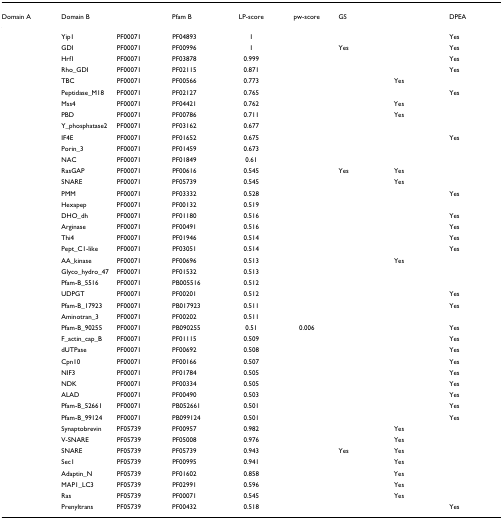
<table><thead><tr><td><b>Domain A</b></td><td><b>Domain B</b></td><td>[EMPTY_CELL]</td><td><b>Pfam B</b></td><td><b>LP-score</b></td><td><b>pw-score</b></td><td><b>GS</b></td><td>[EMPTY_CELL]</td><td><b>DPEA</b></td></tr></thead><tbody><tr><td>[EMPTY_CELL]</td><td>Yip1</td><td>PF00071</td><td>PF04893</td><td>1</td><td>[EMPTY_CELL]</td><td>[EMPTY_CELL]</td><td>[EMPTY_CELL]</td><td>Yes</td></tr><tr><td>[EMPTY_CELL]</td><td>GDI</td><td>PF00071</td><td>PF00996</td><td>1</td><td>[EMPTY_CELL]</td><td>Yes</td><td>[EMPTY_CELL]</td><td>Yes</td></tr><tr><td>[EMPTY_CELL]</td><td>Hrf1</td><td>PF00071</td><td>PF03878</td><td>0.999</td><td>[EMPTY_CELL]</td><td>[EMPTY_CELL]</td><td>[EMPTY_CELL]</td><td>Yes</td></tr><tr><td>[EMPTY_CELL]</td><td>Rho_GDI</td><td>PF00071</td><td>PF02115</td><td>0.871</td><td>[EMPTY_CELL]</td><td>[EMPTY_CELL]</td><td>[EMPTY_CELL]</td><td>Yes</td></tr><tr><td>[EMPTY_CELL]</td><td>TBC</td><td>PF00071</td><td>PF00566</td><td>0.773</td><td>[EMPTY_CELL]</td><td>[EMPTY_CELL]</td><td>Yes</td><td>[EMPTY_CELL]</td></tr><tr><td>[EMPTY_CELL]</td><td>Peptidase_M18</td><td>PF00071</td><td>PF02127</td><td>0.765</td><td>[EMPTY_CELL]</td><td>[EMPTY_CELL]</td><td>[EMPTY_CELL]</td><td>Yes</td></tr><tr><td>[EMPTY_CELL]</td><td>Mss4</td><td>PF00071</td><td>PF04421</td><td>0.762</td><td>[EMPTY_CELL]</td><td>[EMPTY_CELL]</td><td>Yes</td><td>[EMPTY_CELL]</td></tr><tr><td>[EMPTY_CELL]</td><td>PBD</td><td>PF00071</td><td>PF00786</td><td>0.711</td><td>[EMPTY_CELL]</td><td>[EMPTY_CELL]</td><td>Yes</td><td>[EMPTY_CELL]</td></tr><tr><td>[EMPTY_CELL]</td><td>Y_phosphatase2</td><td>PF00071</td><td>PF03162</td><td>0.677</td><td>[EMPTY_CELL]</td><td>[EMPTY_CELL]</td><td>[EMPTY_CELL]</td><td>[EMPTY_CELL]</td></tr><tr><td>[EMPTY_CELL]</td><td>IF4E</td><td>PF00071</td><td>PF01652</td><td>0.675</td><td>[EMPTY_CELL]</td><td>[EMPTY_CELL]</td><td>[EMPTY_CELL]</td><td>Yes</td></tr><tr><td>[EMPTY_CELL]</td><td>Porin_3</td><td>PF00071</td><td>PF01459</td><td>0.673</td><td>[EMPTY_CELL]</td><td>[EMPTY_CELL]</td><td>[EMPTY_CELL]</td><td>[EMPTY_CELL]</td></tr><tr><td>[EMPTY_CELL]</td><td>NAC</td><td>PF00071</td><td>PF01849</td><td>0.61</td><td>[EMPTY_CELL]</td><td>[EMPTY_CELL]</td><td>[EMPTY_CELL]</td><td>[EMPTY_CELL]</td></tr><tr><td>[EMPTY_CELL]</td><td>RasGAP</td><td>PF00071</td><td>PF00616</td><td>0.545</td><td>[EMPTY_CELL]</td><td>Yes</td><td>Yes</td><td>[EMPTY_CELL]</td></tr><tr><td>[EMPTY_CELL]</td><td>SNARE</td><td>PF00071</td><td>PF05739</td><td>0.545</td><td>[EMPTY_CELL]</td><td>[EMPTY_CELL]</td><td>Yes</td><td>[EMPTY_CELL]</td></tr><tr><td>[EMPTY_CELL]</td><td>PMM</td><td>PF00071</td><td>PF03332</td><td>0.528</td><td>[EMPTY_CELL]</td><td>[EMPTY_CELL]</td><td>[EMPTY_CELL]</td><td>Yes</td></tr><tr><td>[EMPTY_CELL]</td><td>Hexapep</td><td>PF00071</td><td>PF00132</td><td>0.519</td><td>[EMPTY_CELL]</td><td>[EMPTY_CELL]</td><td>[EMPTY_CELL]</td><td>[EMPTY_CELL]</td></tr><tr><td>[EMPTY_CELL]</td><td>DHO_dh</td><td>PF00071</td><td>PF01180</td><td>0.516</td><td>[EMPTY_CELL]</td><td>[EMPTY_CELL]</td><td>[EMPTY_CELL]</td><td>Yes</td></tr><tr><td>[EMPTY_CELL]</td><td>Arginase</td><td>PF00071</td><td>PF00491</td><td>0.516</td><td>[EMPTY_CELL]</td><td>[EMPTY_CELL]</td><td>[EMPTY_CELL]</td><td>Yes</td></tr><tr><td>[EMPTY_CELL]</td><td>Thi4</td><td>PF00071</td><td>PF01946</td><td>0.514</td><td>[EMPTY_CELL]</td><td>[EMPTY_CELL]</td><td>[EMPTY_CELL]</td><td>Yes</td></tr><tr><td>[EMPTY_CELL]</td><td>Pept_C1-like</td><td>PF00071</td><td>PF03051</td><td>0.514</td><td>[EMPTY_CELL]</td><td>[EMPTY_CELL]</td><td>[EMPTY_CELL]</td><td>Yes</td></tr><tr><td>[EMPTY_CELL]</td><td>AA_kinase</td><td>PF00071</td><td>PF00696</td><td>0.513</td><td>[EMPTY_CELL]</td><td>[EMPTY_CELL]</td><td>Yes</td><td>[EMPTY_CELL]</td></tr><tr><td>[EMPTY_CELL]</td><td>Glyco_hydro_47</td><td>PF00071</td><td>PF01532</td><td>0.513</td><td>[EMPTY_CELL]</td><td>[EMPTY_CELL]</td><td>[EMPTY_CELL]</td><td>[EMPTY_CELL]</td></tr><tr><td>[EMPTY_CELL]</td><td>Pfam-B_5516</td><td>PF00071</td><td>PB005516</td><td>0.512</td><td>[EMPTY_CELL]</td><td>[EMPTY_CELL]</td><td>[EMPTY_CELL]</td><td>[EMPTY_CELL]</td></tr><tr><td>[EMPTY_CELL]</td><td>UDPGT</td><td>PF00071</td><td>PF00201</td><td>0.512</td><td>[EMPTY_CELL]</td><td>[EMPTY_CELL]</td><td>[EMPTY_CELL]</td><td>Yes</td></tr><tr><td>[EMPTY_CELL]</td><td>Pfam-B_17923</td><td>PF00071</td><td>PB017923</td><td>0.511</td><td>[EMPTY_CELL]</td><td>[EMPTY_CELL]</td><td>[EMPTY_CELL]</td><td>Yes</td></tr><tr><td>[EMPTY_CELL]</td><td>Aminotran_3</td><td>PF00071</td><td>PF00202</td><td>0.511</td><td>[EMPTY_CELL]</td><td>[EMPTY_CELL]</td><td>[EMPTY_CELL]</td><td>[EMPTY_CELL]</td></tr><tr><td>[EMPTY_CELL]</td><td>Pfam-B_90255</td><td>PF00071</td><td>PB090255</td><td>0.51</td><td>0.006</td><td>[EMPTY_CELL]</td><td>[EMPTY_CELL]</td><td>Yes</td></tr><tr><td>[EMPTY_CELL]</td><td>F_actin_cap_B</td><td>PF00071</td><td>PF01115</td><td>0.509</td><td>[EMPTY_CELL]</td><td>[EMPTY_CELL]</td><td>[EMPTY_CELL]</td><td>Yes</td></tr><tr><td>[EMPTY_CELL]</td><td>dUTPase</td><td>PF00071</td><td>PF00692</td><td>0.508</td><td>[EMPTY_CELL]</td><td>[EMPTY_CELL]</td><td>[EMPTY_CELL]</td><td>Yes</td></tr><tr><td>[EMPTY_CELL]</td><td>Cpn10</td><td>PF00071</td><td>PF00166</td><td>0.507</td><td>[EMPTY_CELL]</td><td>[EMPTY_CELL]</td><td>[EMPTY_CELL]</td><td>Yes</td></tr><tr><td>[EMPTY_CELL]</td><td>NIF3</td><td>PF00071</td><td>PF01784</td><td>0.505</td><td>[EMPTY_CELL]</td><td>[EMPTY_CELL]</td><td>[EMPTY_CELL]</td><td>Yes</td></tr><tr><td>[EMPTY_CELL]</td><td>NDK</td><td>PF00071</td><td>PF00334</td><td>0.505</td><td>[EMPTY_CELL]</td><td>[EMPTY_CELL]</td><td>[EMPTY_CELL]</td><td>Yes</td></tr><tr><td>[EMPTY_CELL]</td><td>ALAD</td><td>PF00071</td><td>PF00490</td><td>0.503</td><td>[EMPTY_CELL]</td><td>[EMPTY_CELL]</td><td>[EMPTY_CELL]</td><td>Yes</td></tr><tr><td>[EMPTY_CELL]</td><td>Pfam-B_52661</td><td>PF00071</td><td>PB052661</td><td>0.501</td><td>[EMPTY_CELL]</td><td>[EMPTY_CELL]</td><td>[EMPTY_CELL]</td><td>Yes</td></tr><tr><td>[EMPTY_CELL]</td><td>Pfam-B_99124</td><td>PF00071</td><td>PB099124</td><td>0.501</td><td>[EMPTY_CELL]</td><td>[EMPTY_CELL]</td><td>[EMPTY_CELL]</td><td>Yes</td></tr><tr><td>[EMPTY_CELL]</td><td>Synaptobrevin</td><td>PF05739</td><td>PF00957</td><td>0.982</td><td>[EMPTY_CELL]</td><td>[EMPTY_CELL]</td><td>Yes</td><td>[EMPTY_CELL]</td></tr><tr><td>[EMPTY_CELL]</td><td>V-SNARE</td><td>PF05739</td><td>PF05008</td><td>0.976</td><td>[EMPTY_CELL]</td><td>[EMPTY_CELL]</td><td>Yes</td><td>[EMPTY_CELL]</td></tr><tr><td>[EMPTY_CELL]</td><td>SNARE</td><td>PF05739</td><td>PF05739</td><td>0.943</td><td>[EMPTY_CELL]</td><td>Yes</td><td>Yes</td><td>[EMPTY_CELL]</td></tr><tr><td>[EMPTY_CELL]</td><td>Sec1</td><td>PF05739</td><td>PF00995</td><td>0.941</td><td>[EMPTY_CELL]</td><td>[EMPTY_CELL]</td><td>Yes</td><td>[EMPTY_CELL]</td></tr><tr><td>[EMPTY_CELL]</td><td>Adaptin_N</td><td>PF05739</td><td>PF01602</td><td>0.858</td><td>[EMPTY_CELL]</td><td>[EMPTY_CELL]</td><td>Yes</td><td>[EMPTY_CELL]</td></tr><tr><td>[EMPTY_CELL]</td><td>MAP1_LC3</td><td>PF05739</td><td>PF02991</td><td>0.596</td><td>[EMPTY_CELL]</td><td>[EMPTY_CELL]</td><td>Yes</td><td>[EMPTY_CELL]</td></tr><tr><td>[EMPTY_CELL]</td><td>Ras</td><td>PF05739</td><td>PF00071</td><td>0.545</td><td>[EMPTY_CELL]</td><td>[EMPTY_CELL]</td><td>Yes</td><td>[EMPTY_CELL]</td></tr><tr><td>[EMPTY_CELL]</td><td>Prenyltrans</td><td>PF05739</td><td>PF00432</td><td>0.518</td><td>[EMPTY_CELL]</td><td>[EMPTY_CELL]</td><td>[EMPTY_CELL]</td><td>Yes</td></tr></tbody></table>